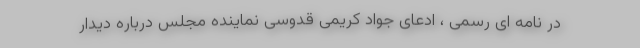
در نامه ای رسمی ، ادعای جواد کریمی قدوسی نماینده مجلس درباره دیدار